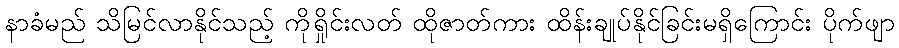
နာခံမည် သိမြင်လာနိုင်သည့် ကိုရှိုင်းလတ် ထိုဇာတ်ကား ထိန်းချုပ်နိုင်ခြင်းမရှိကြောင်း ပိုက်ဖျာ